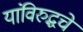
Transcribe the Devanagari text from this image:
यांविरुद्धचे